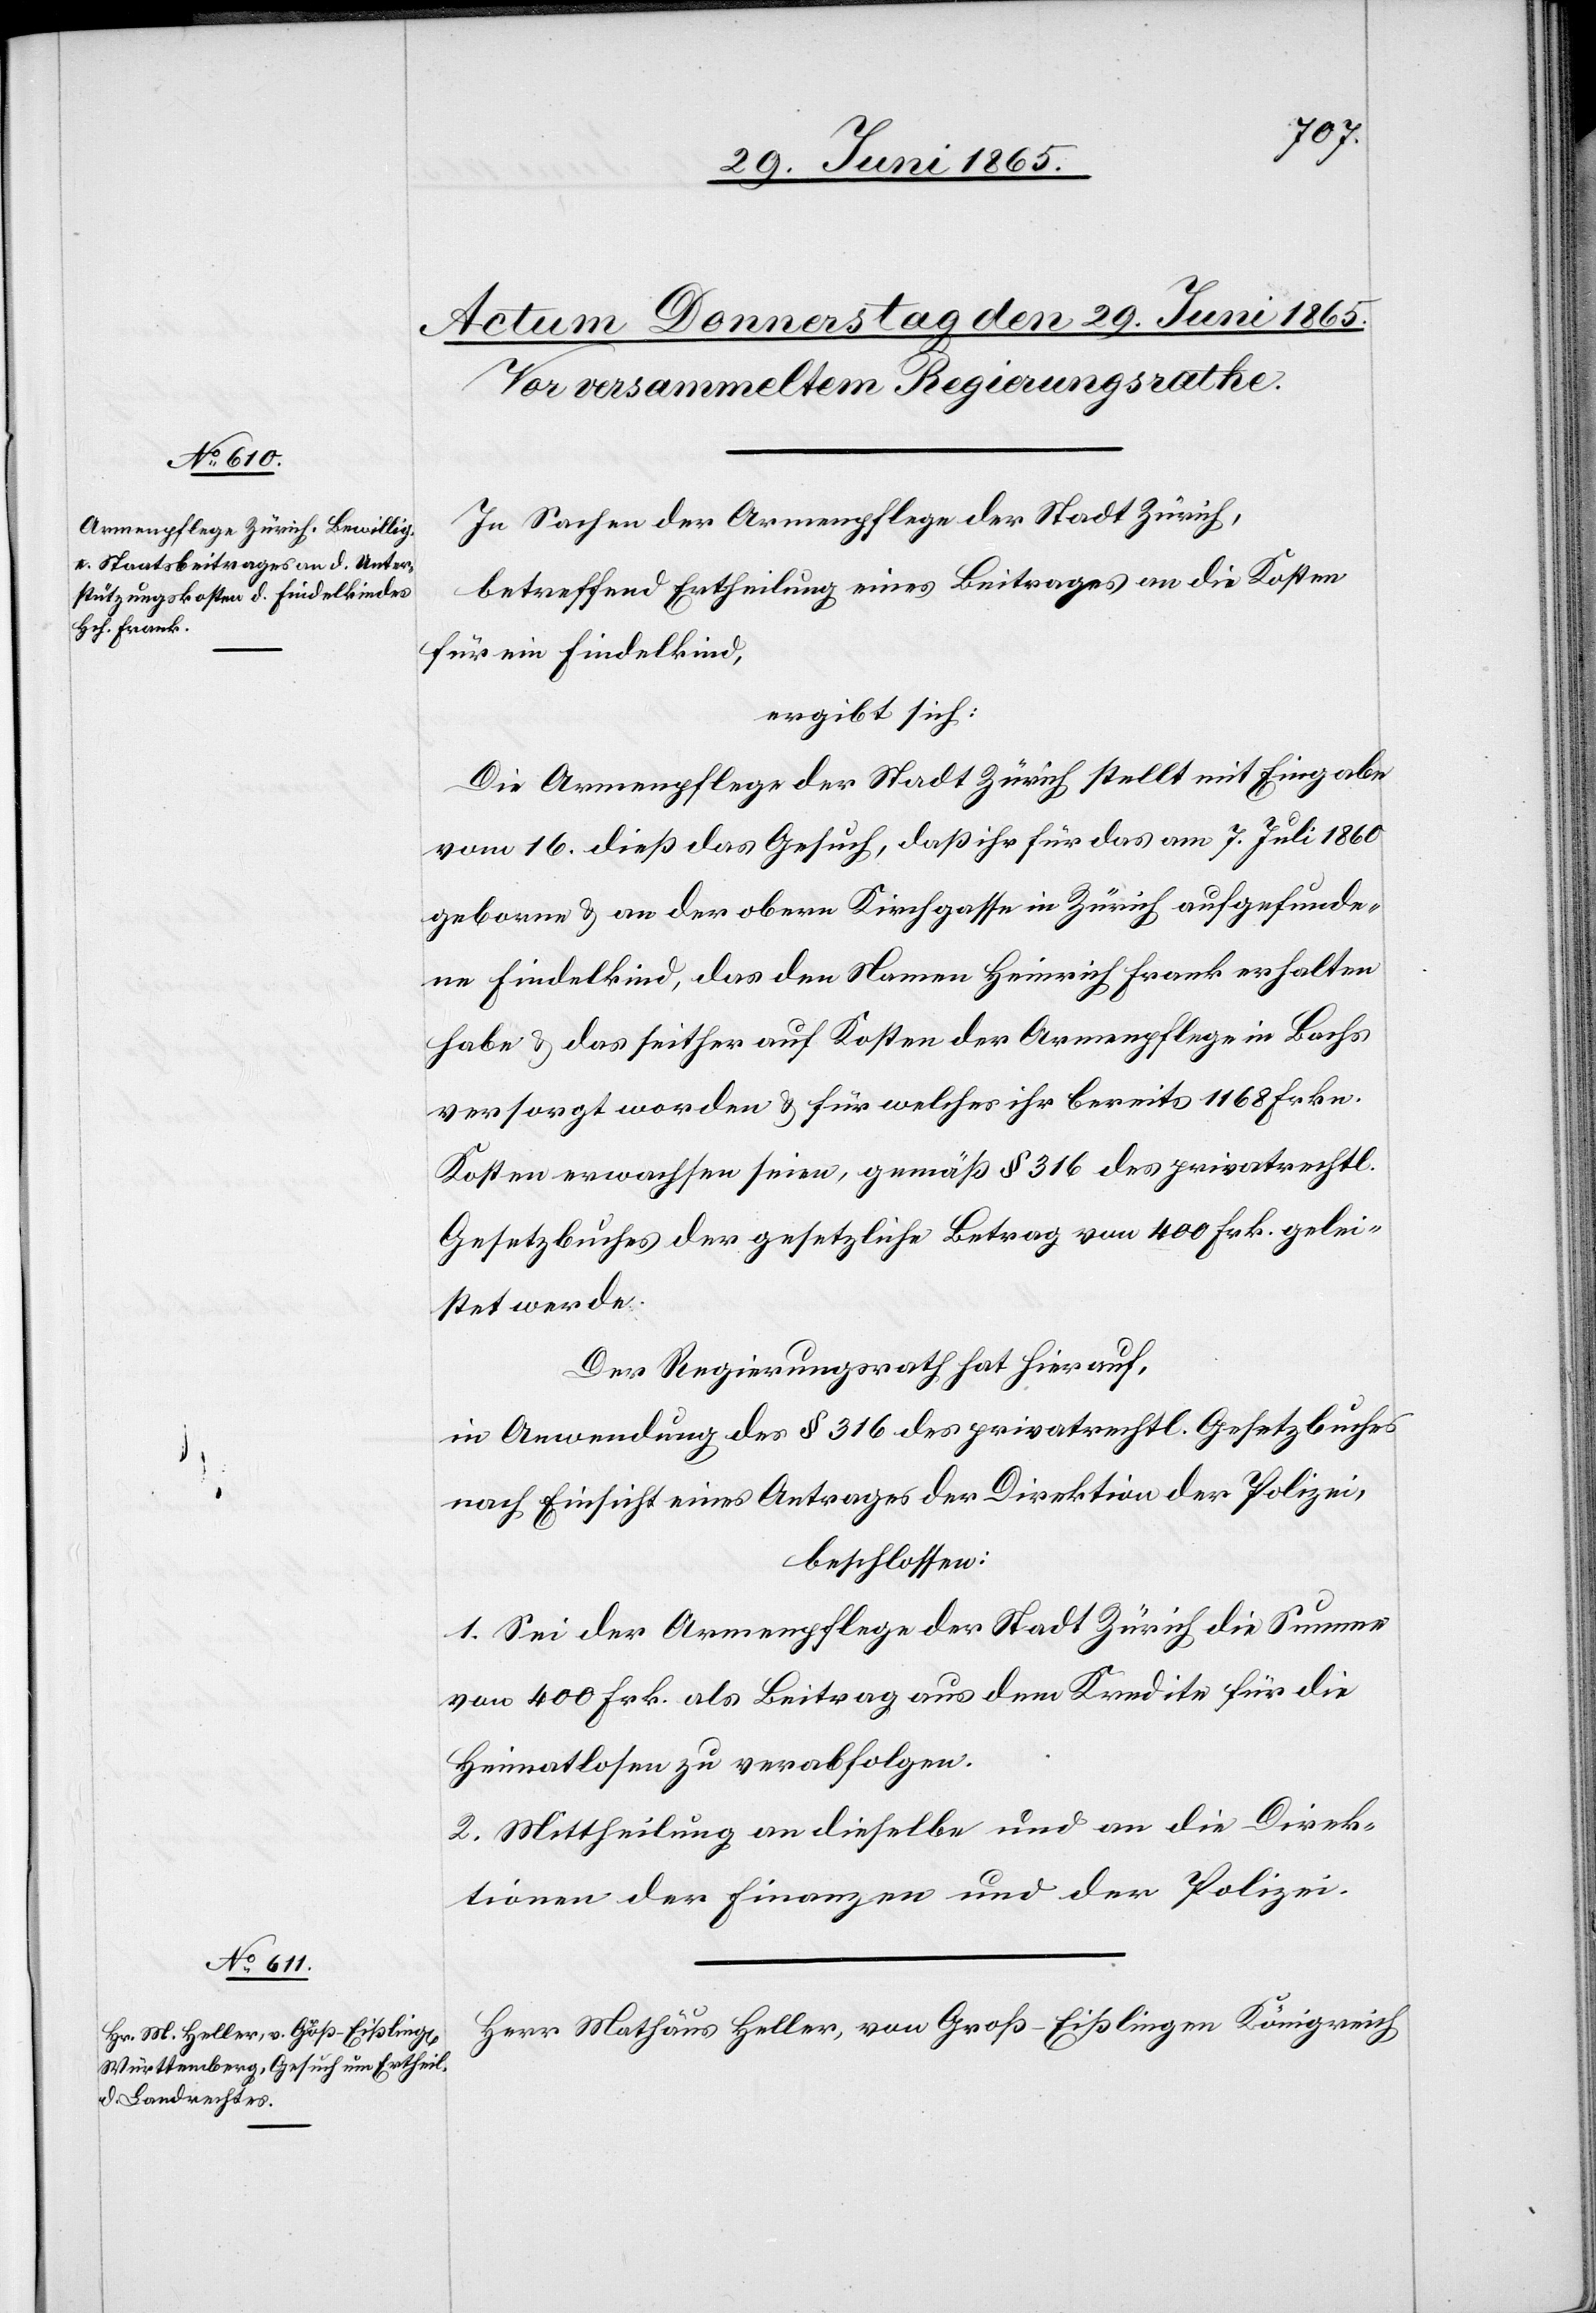
In Sachen der Armenpflege der Stadt Zürich,
betreffend Ertheilung eines Beitrages an die Kosten
für ein Findelkind,
ergibt sich:
Die Armenpflege der Stadt Zürich stellt mit Eingabe
vom 16. dieß das Gesuch, daß ihr für das am 7. Juli 1860
geborne & an der obern Kirchgasse in Zürich aufgefunde¬
ne Findelkind, das den Namen Heinrich Frank erhalten
habe & das seither auf Kosten der Armenpflege in Bachs
versorgt worden & für welches ihr bereits 1168 Frkn.
Kosten erwachsen seien, gemäß § 316 des privatrechtl.
Gesetzbuches der gesetzliche Betrag von 400 Frk. gelei¬
stet werde.
Der Regierungsrath hat hierauf,
in Anwendung es § 316 des privatrechtl. Gesetzbuches
nach Einsicht eines Antrages der Direktion der Polizei,
beschlossen:
1. Sei der Armenpflege der Stadt Zürich die Summe
von 400 Frk. als Beitrag aus dem Kredite für die
Heimatlosen zu verabfolgen.
2. Mittheilung an dieselbe und an die Direk¬
tionen der Finanzen und der Polizei.
Herr Mathäus Heller, von Groß-Eßlingen Königreich